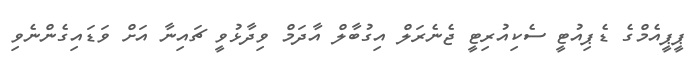
ޕީޕީއެމްގެ ޑެެޕިއުޓީ ސެކިއުރިޓީ ޖެނެރަލް އިގުބާލް އާދަމް ވިދާޅުވީ ޗައިނާ އަށް ވަޑައިގެންނެވި